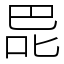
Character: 巼